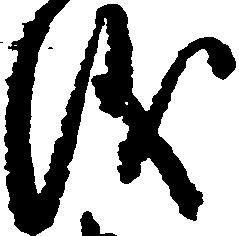
儀